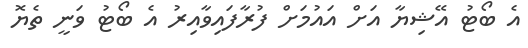
އެ ބޯޓު އޭޝިޔާ އަށް އައުމަށް ފުރާފައިވާއިރު އެ ބޯޓު ވަނީ ތެޔޮ